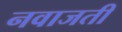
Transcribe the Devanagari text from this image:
नवाजती